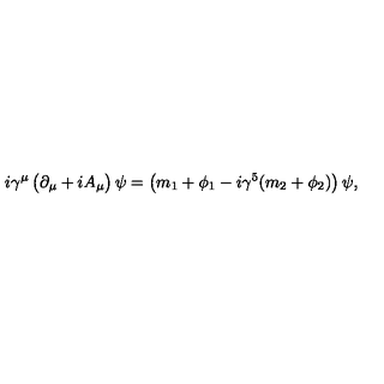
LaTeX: i \gamma ^ { \mu } \left( \strut \partial _ { \mu } + i A _ { \mu } \right) \psi = \left( \strut m _ { 1 } + \phi _ { 1 } - i \gamma ^ { 5 } ( m _ { 2 } + \phi _ { 2 } ) \right) \psi ,